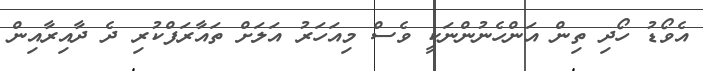
އެވޯޑު ހޯދި ތިން އަންހެނުންނަކީ ވެސް މިއަހަރު އަލަށް ތައާރަފްކުރި ދެ ދާއިރާއިން